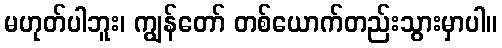
မဟုတ်ပါဘူး၊ ကျွန်တော် တစ်ယောက်တည်းသွားမှာပါ။